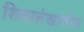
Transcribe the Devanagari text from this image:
शिलालेखांतील